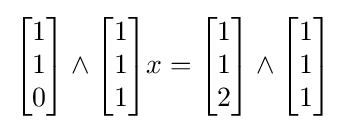
{\begin{bmatrix}1\\1\\0\end{bmatrix}}\wedge {\begin{bmatrix}1\\1\\1\end{bmatrix}}x={\begin{bmatrix}1\\1\\2\end{bmatrix}}\wedge {\begin{bmatrix}1\\1\\1\end{bmatrix}}